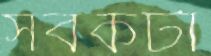
সবকটা